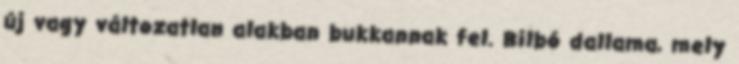
új vagy változatlan alakban bukkannak fel. Bilbó dallama, mely